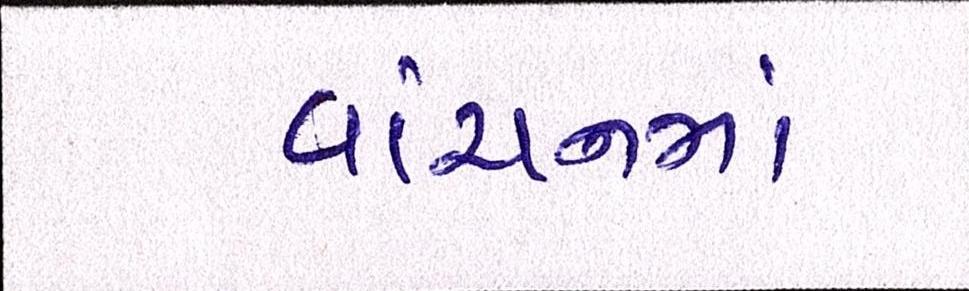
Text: વાંચનમાં